kultuurilooline_kollektsioon, lk 35
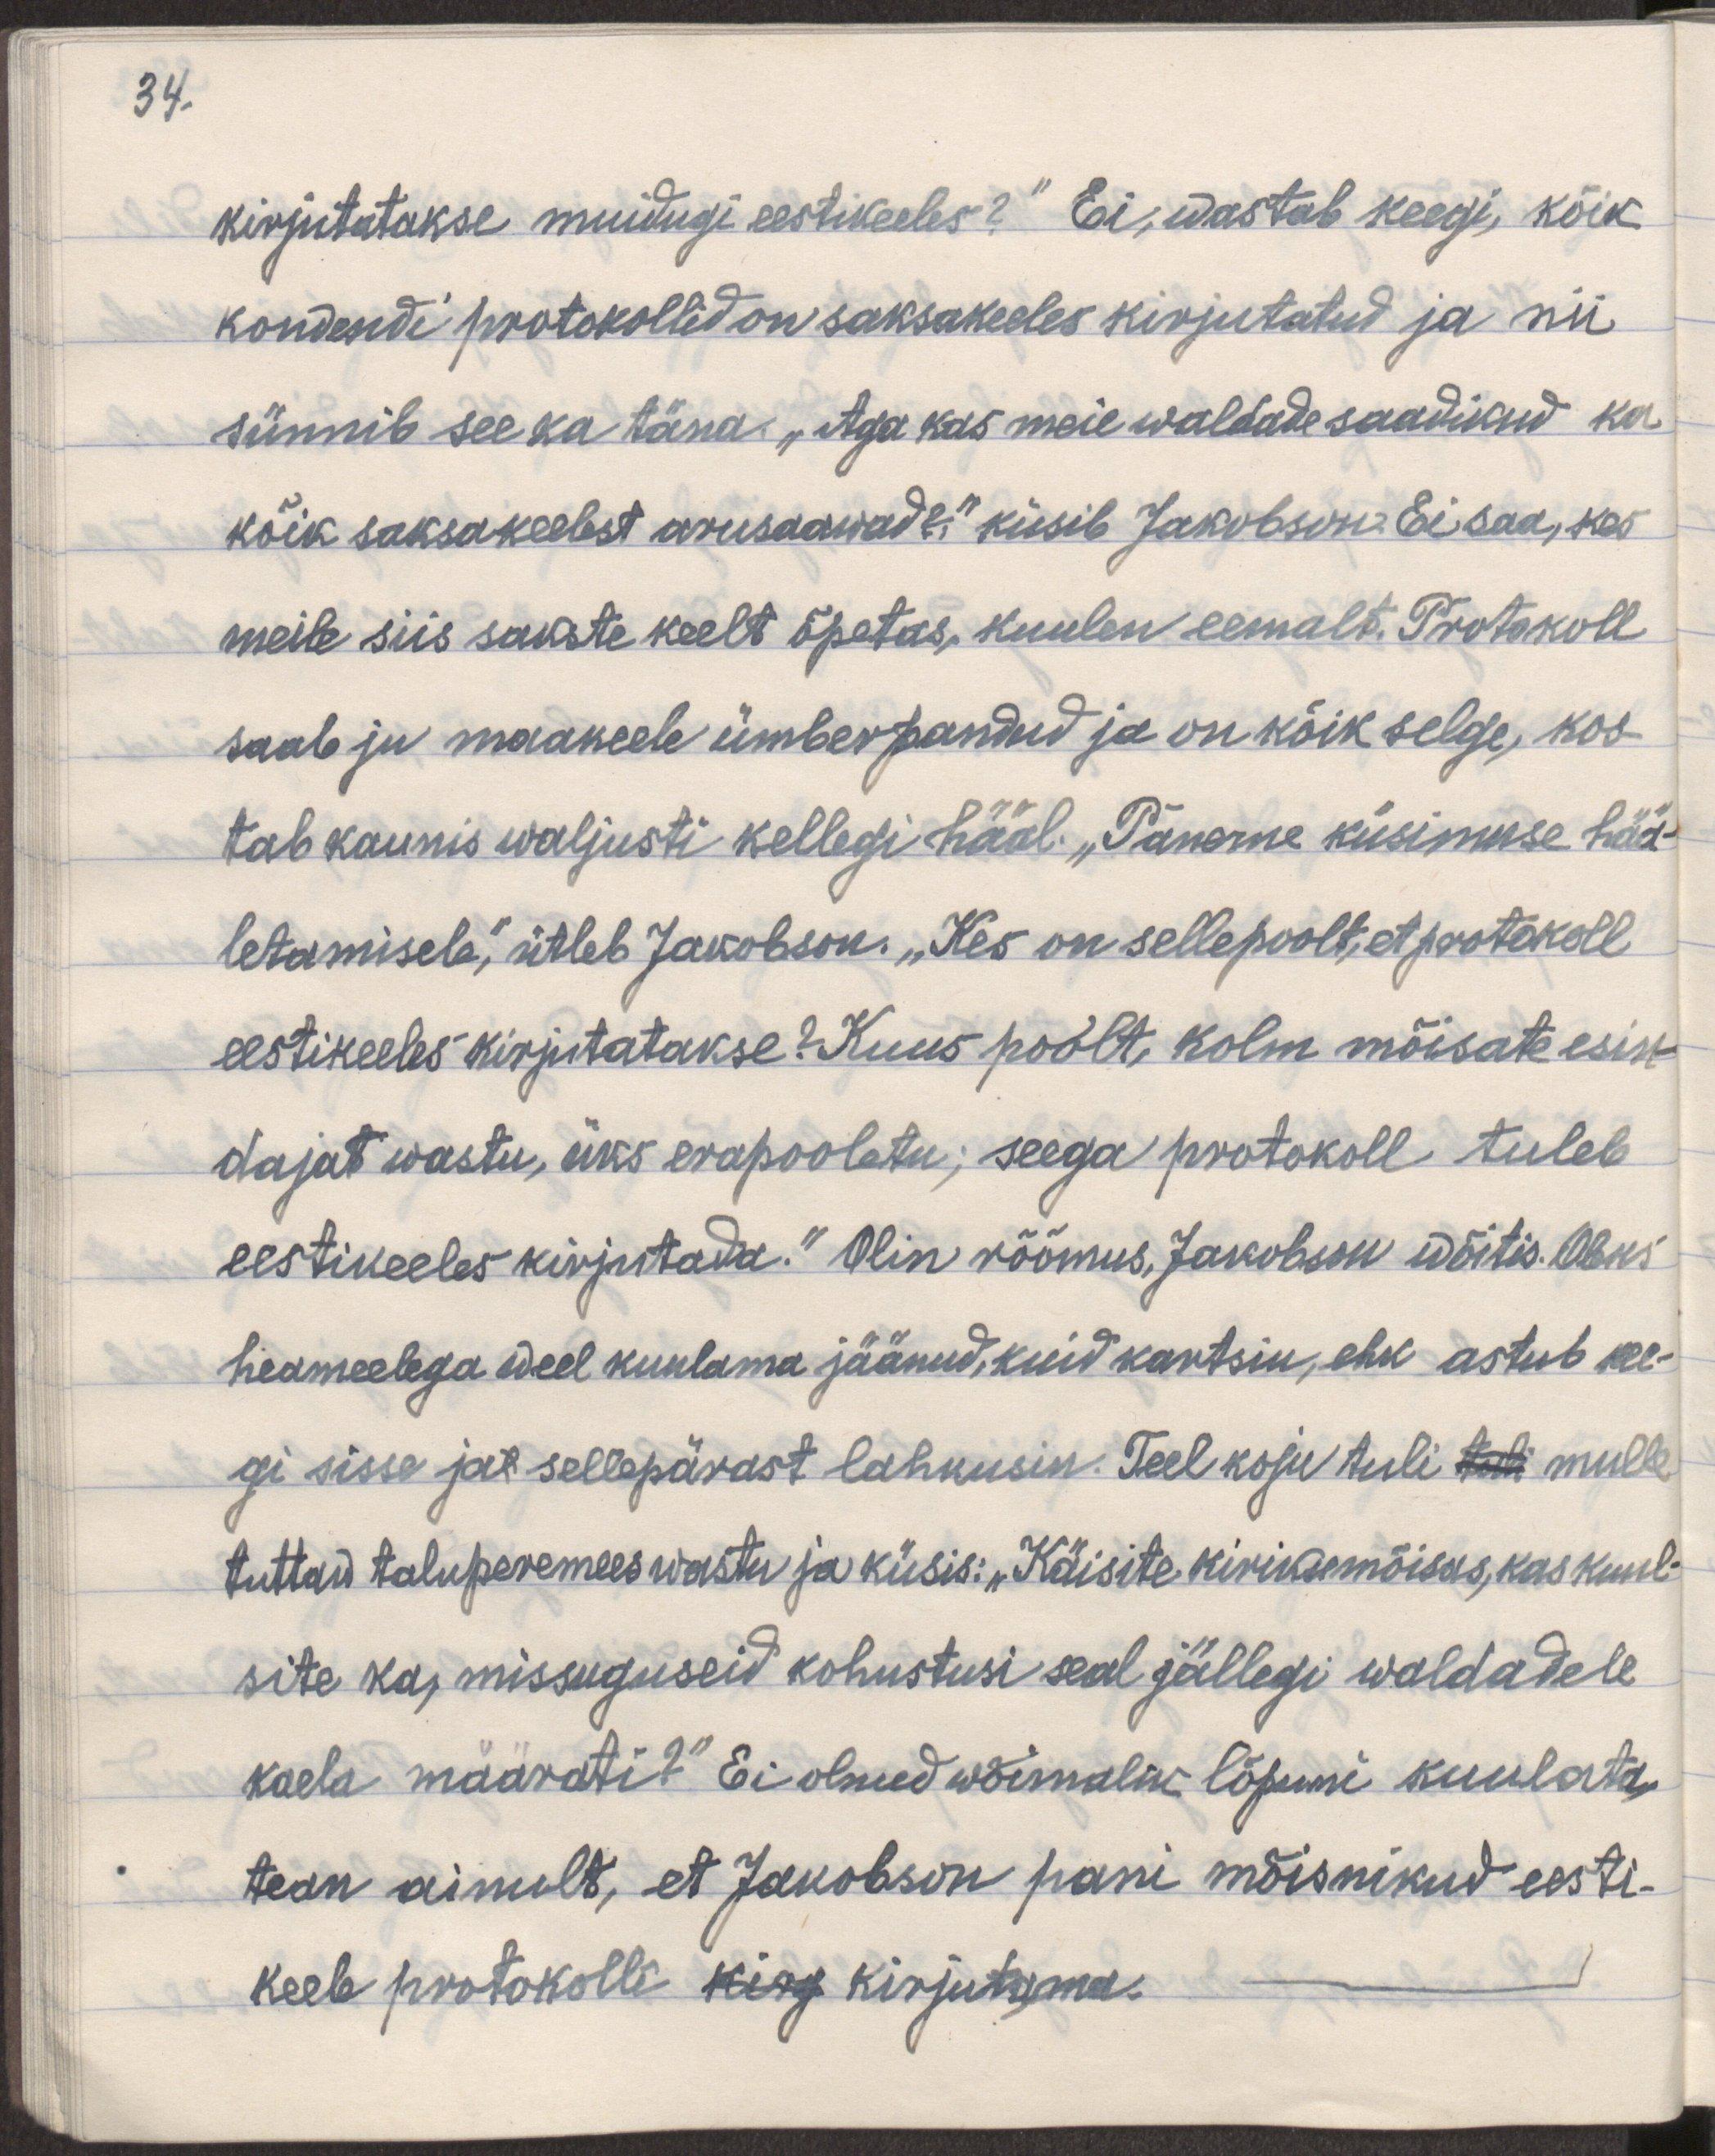
34.

kirjutatakse muidugi eestikeeles?" Ei, wastab keegi, kõik
kondendi protokollid on saksakeeles kirjutatud ja nii
sünnib see ka täna. „Aga kas meie waldade saadikud ka
kõik saksakeelest arusaawad?" küsib Jakobson. Ei saa, kes
meile siis sakste keelt õpetas, kuulen eemalt. Protokoll
saab ju maakeele ümberpandud ja on kõik selge, kos-
tab kaunis waljusti kellegi hääl. „Paneme küsimuse hää-
letamisele," ütleb Jakobson. „Kes on sellepoolt, et protokoll
eestikeeles kirjutatakse? Kuus poolt, kolm mõisate esind-
dajat wastu, üks erapooletu; seega protokoll tuleb
eestikeeles kirjutada." Olin rõõmus, Jakobson wõitis. Oleks
heameelega weel kuulama jäänud, kuid kartsin, ehk astub kee-
gi sisse ja sellepärast lahkusin. Teel koju tuli tuli mulle
tuttaw taluperemees wastu ja küsis: „Käisite kirikumõisas, kas kuul-
site ka, missuguseid kohustusi seal jällegi waldadele
kaela määrati?" Ei olnud wõimalik lõpuni kuulata,
tean ainult, et Jakobson pani mõisnikud eesti-
keele protokolli kirg kirjutama.